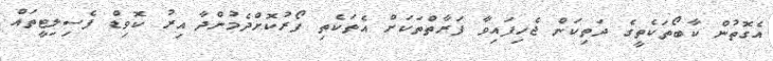
އެގޮތުން ކާބޯތަކެތީގެ ދަތިކަން ޖެހިފައިވާ ފަރާތްތަކަށް އެތަކެތި ފޯރުކޮށްދެމުންދާ އިރު ކޮވިޑް ފެސިލިޓީތައް